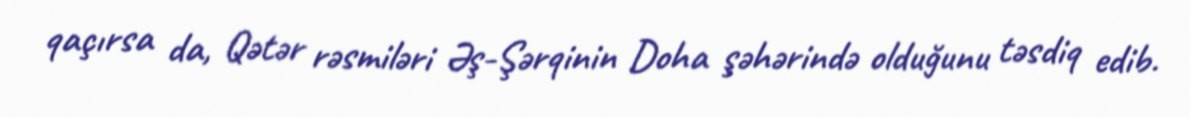
qaçırsa da, Qətər rəsmiləri Əş-Şərqinin Doha şəhərində olduğunu təsdiq edib.